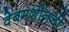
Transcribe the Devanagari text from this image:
वेबमशीनची